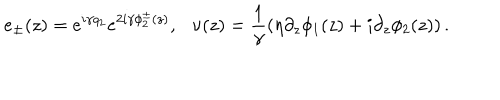
LaTeX: e _ { \pm } ( z ) = e ^ { i \gamma q _ { 2 } } e ^ { 2 i \gamma \phi _ { 2 } ^ { \pm } ( z ) } , \nu ( z ) = \frac { 1 } { \gamma } \left( \eta \partial _ { z } \phi _ { 1 } ( z ) + i \partial _ { z } \phi _ { 2 } ( z ) \right) .